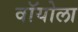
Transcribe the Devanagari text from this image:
वॉयोला